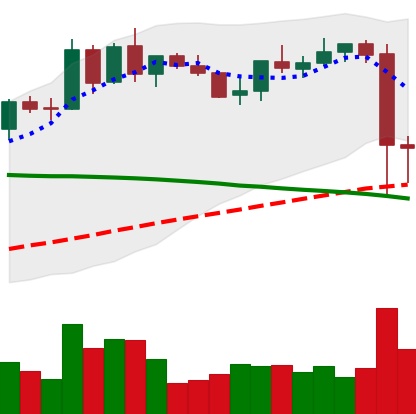
Ticker: BNB-USD
Chart end date: 2021-09-08
Forward return: -3.866%
Label: down_3_5